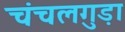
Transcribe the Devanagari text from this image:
चंचलगुड़ा